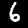
Digit: 6